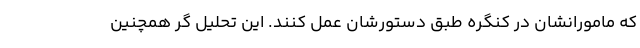
که مامورانشان در کنگره طبق دستورشان عمل کنند. این تحلیل گر همچنین